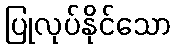
ပြုလုပ်နိုင်သော